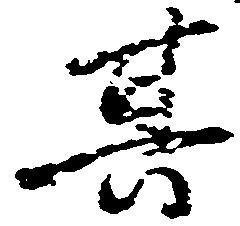
其